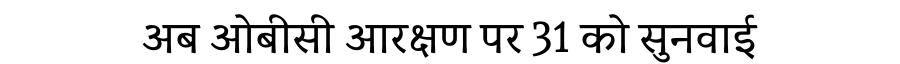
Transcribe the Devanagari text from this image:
अब ओबीसी आरक्षण पर 31 को सुनवाई